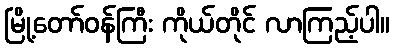
မြို့တော်ဝန်ကြီး ကိုယ်တိုင် လာကြည့်ပါ။